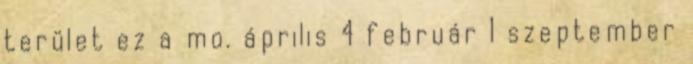
terület ez a mo. április 4 február 1 szeptember